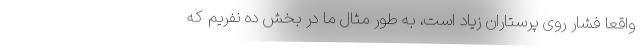
واقعا فشار روی پرستاران زیاد است، به طور مثال ما در بخش ده نفریم که